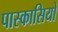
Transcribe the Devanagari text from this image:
पास्कासियो